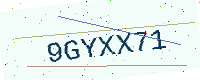
Text: 9GYXX71